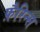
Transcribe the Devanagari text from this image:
फ़ैरिन्स